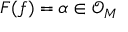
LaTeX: F ( f ) = \alpha \in { \mathcal { O } } _ { M }